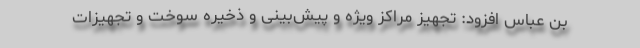
بن عباس افزود: تجهیز مراکز ویژه و پیش‌بینی و ذخیره سوخت و تجهیزات